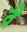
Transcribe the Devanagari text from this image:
वेे